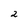
Character: 2